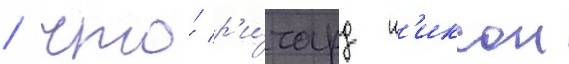
/ что́ р'и́чард н'иксон